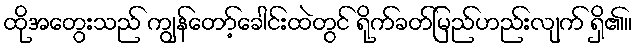
ထိုအတွေးသည် ကျွန်တော့်ခေါင်းထဲတွင် ရိုက်ခတ်မြည်ဟည်းလျက် ရှိ၏။